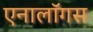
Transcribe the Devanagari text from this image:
एनालॉगस